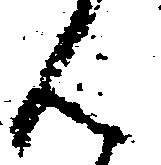
ん